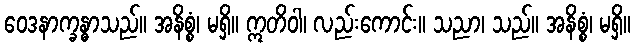
ဝေဒနာက္ခန္ဓာသည်။ အနိစ္စံ၊ မရှိ။ ဣတိဝါ၊ လည်းကောင်း။ သညာ၊ သည်။ အနိစ္စံ၊ မရှိ။